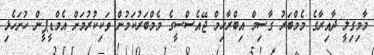
މާމިގިލީ ދާއިރާގެ މެމްބަރު ގާސިމް އިބްރާހިމް ޖޭއެސްސީގެ މެމްބަރުކަމުން ވަކިކުރުމަށް އެމްޑީޕީން ހުށަހެޅި